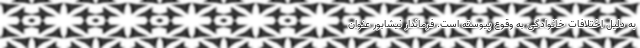
به دلیل اختلافات خانوادگی به وقوع پیوسته است. فرماندار نیشابور عنوان